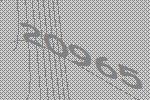
20965